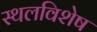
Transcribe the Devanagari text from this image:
स्थलविशेष